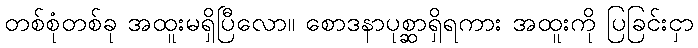
တစ်စုံတစ်ခု အထူးမရှိပြီလော။ စောဒနာပုစ္ဆာရှိရကား အထူးကို ပြခြင်းငှာ